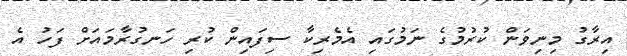
އިރާގު މިނިވަން ކުރުމުގެ ނަމުގައި އެމެރިކާ ސިފައިން ކުރި ހަނގުރާމައަށް ފަހު އެ